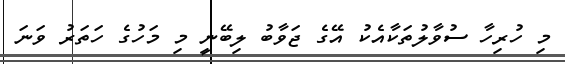
މި ހުރިހާ ސުވާލުތަކާއެކު އޭގެ ޖަވާބު ލިބޭނީ މި މަހުގެ ހަތަރު ވަނަ